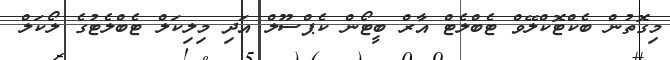
މިގޮތުން ބެކްޓޮކްލޭވް ޓެބްލެޓް އާރް ބީޓޯން ކެޕްސޫލް އަދި މިލިކަލް ޓެބްލެޓުގެ ލޯކަލް